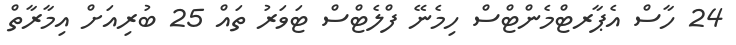
24 ހާސް އެޕާރޓްމެންޓްސް ހިމެނޭ ފްލެޓްސް ޓަވަރު ތައް 25 ބުރިއަށް އިމާރާތް